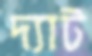
দ্যাট